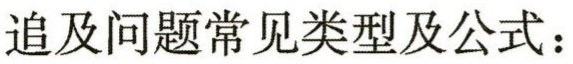
追及问题常见类型及公式：